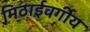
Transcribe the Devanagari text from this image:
मिठाईवर्गीय